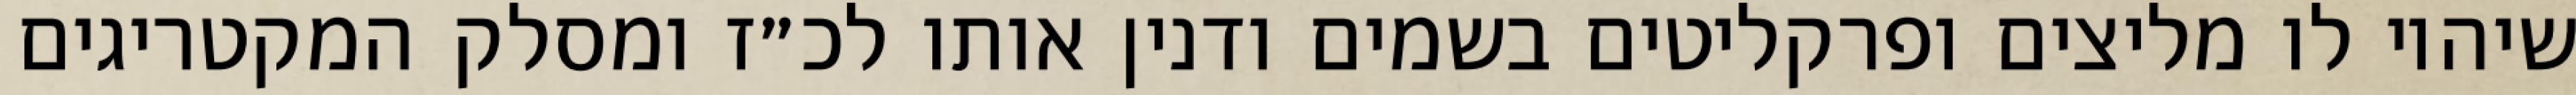
שיהיו לו מליצים ופרקליטים בשמים ודנין אותו לכ״ז ומסלק המקטריגים